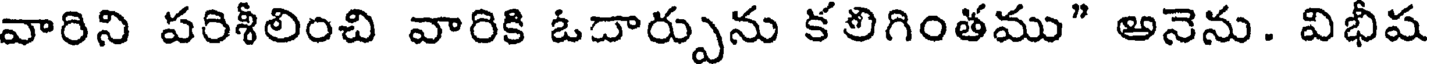
వారిని పరిశీలించి వారికి ఓదార్పును కలిగింతము" అనెను. విభీష